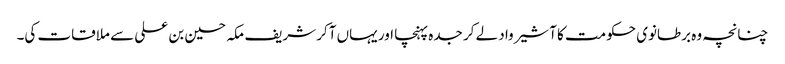
چنانچہ وہ برطانوی حکومت کا آشیرواد لے کر جدہ پہنچا اور یہاں آکر شریف مکہ حسین بن علی سے ملاقات کی۔